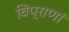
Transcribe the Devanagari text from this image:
विप्राणां